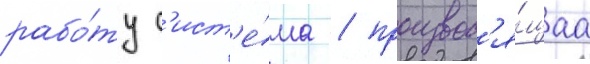
рабо́ту с'ист'е́ма / производ'я́щаа